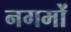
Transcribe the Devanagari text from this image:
नगमों